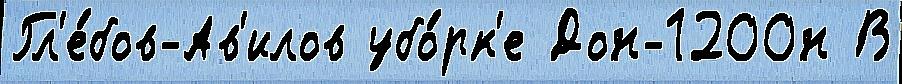
Гл'е́бов-Ав'илов убо́рк'е Дон-1200н В